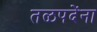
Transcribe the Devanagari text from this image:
तळपदेंना